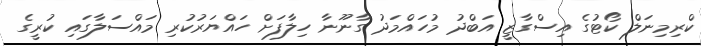
ކްރިމިނަލް ކޯޓުގެ އިސްގާޒީ އަބްދު މުހައްމަދު ގާނޫނާ ހިލާފަށް ހައްޔަރުކުރި މައްސަލާގައި ކުރީގެ